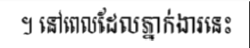
។ នៅពេលដែលភ្នាក់ងារនេះ